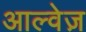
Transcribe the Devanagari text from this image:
आल्वेज़